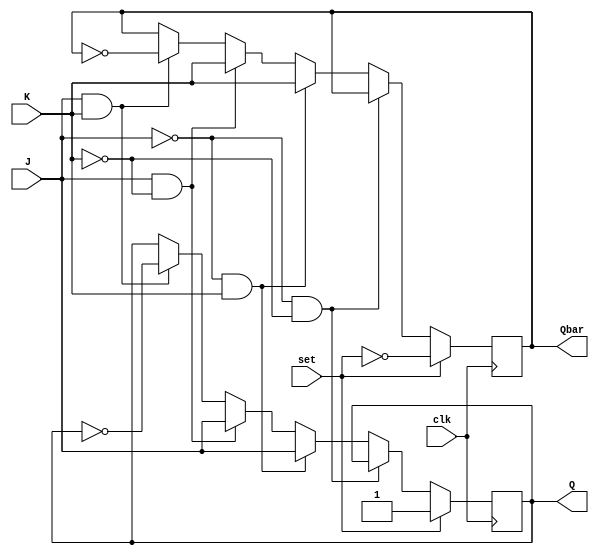
module JK_FF_Sync_Set(Q, Qbar, J, K, clk, set);
	
	output Q, Qbar;
	input J, K, clk, set;
	reg Q, Qbar;
	
	always @(posedge clk)
		begin
			if(set)
				begin
					Q <= set;
					Qbar <= ~set;
				end
			else if(~J && ~K)
				begin
					Q <= Q;
					Qbar <= Qbar;
				end
			else if(~J && K)
				begin
					Q <= J;
					Qbar <= K;
				end
			else if(J && ~K)
				begin
					Q <= J;
					Qbar <= K;
				end
			else if(J && K)
				begin
					Q <= ~Q;
					Qbar <= ~Qbar;
				end
		end

endmodule